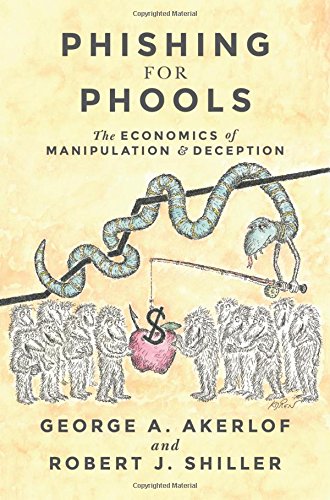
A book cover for Phishing for Phools: The Economics of Manipulation and Deception; George A. Akerlof; Medical Books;